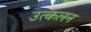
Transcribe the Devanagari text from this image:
उत्‍कलन